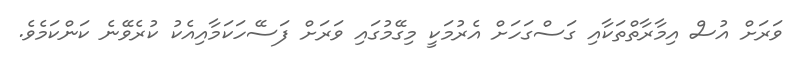
ވަރަށް އުސް އިމާރާތްތަކާއި ގަސްގަހަށް އެރުމަކީ މިގޭމުގައި ވަރަށް ފަސޭހަކަމާއިއެކު ކުރެވޭނެ ކަންކަމެވެ.